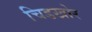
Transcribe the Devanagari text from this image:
चिडखोर